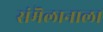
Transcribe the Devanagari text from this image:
संमॆलानाला